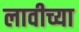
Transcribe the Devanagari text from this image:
लावीच्या